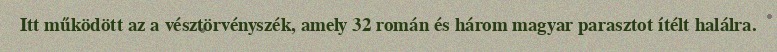
Itt működött az a vésztörvényszék, amely 32 román és három magyar parasztot ítélt halálra.